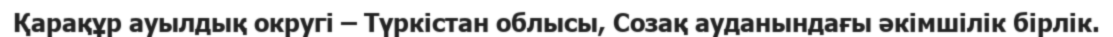
Қарақұр ауылдық округі – Түркістан облысы, Созақ ауданындағы әкімшілік бірлік.